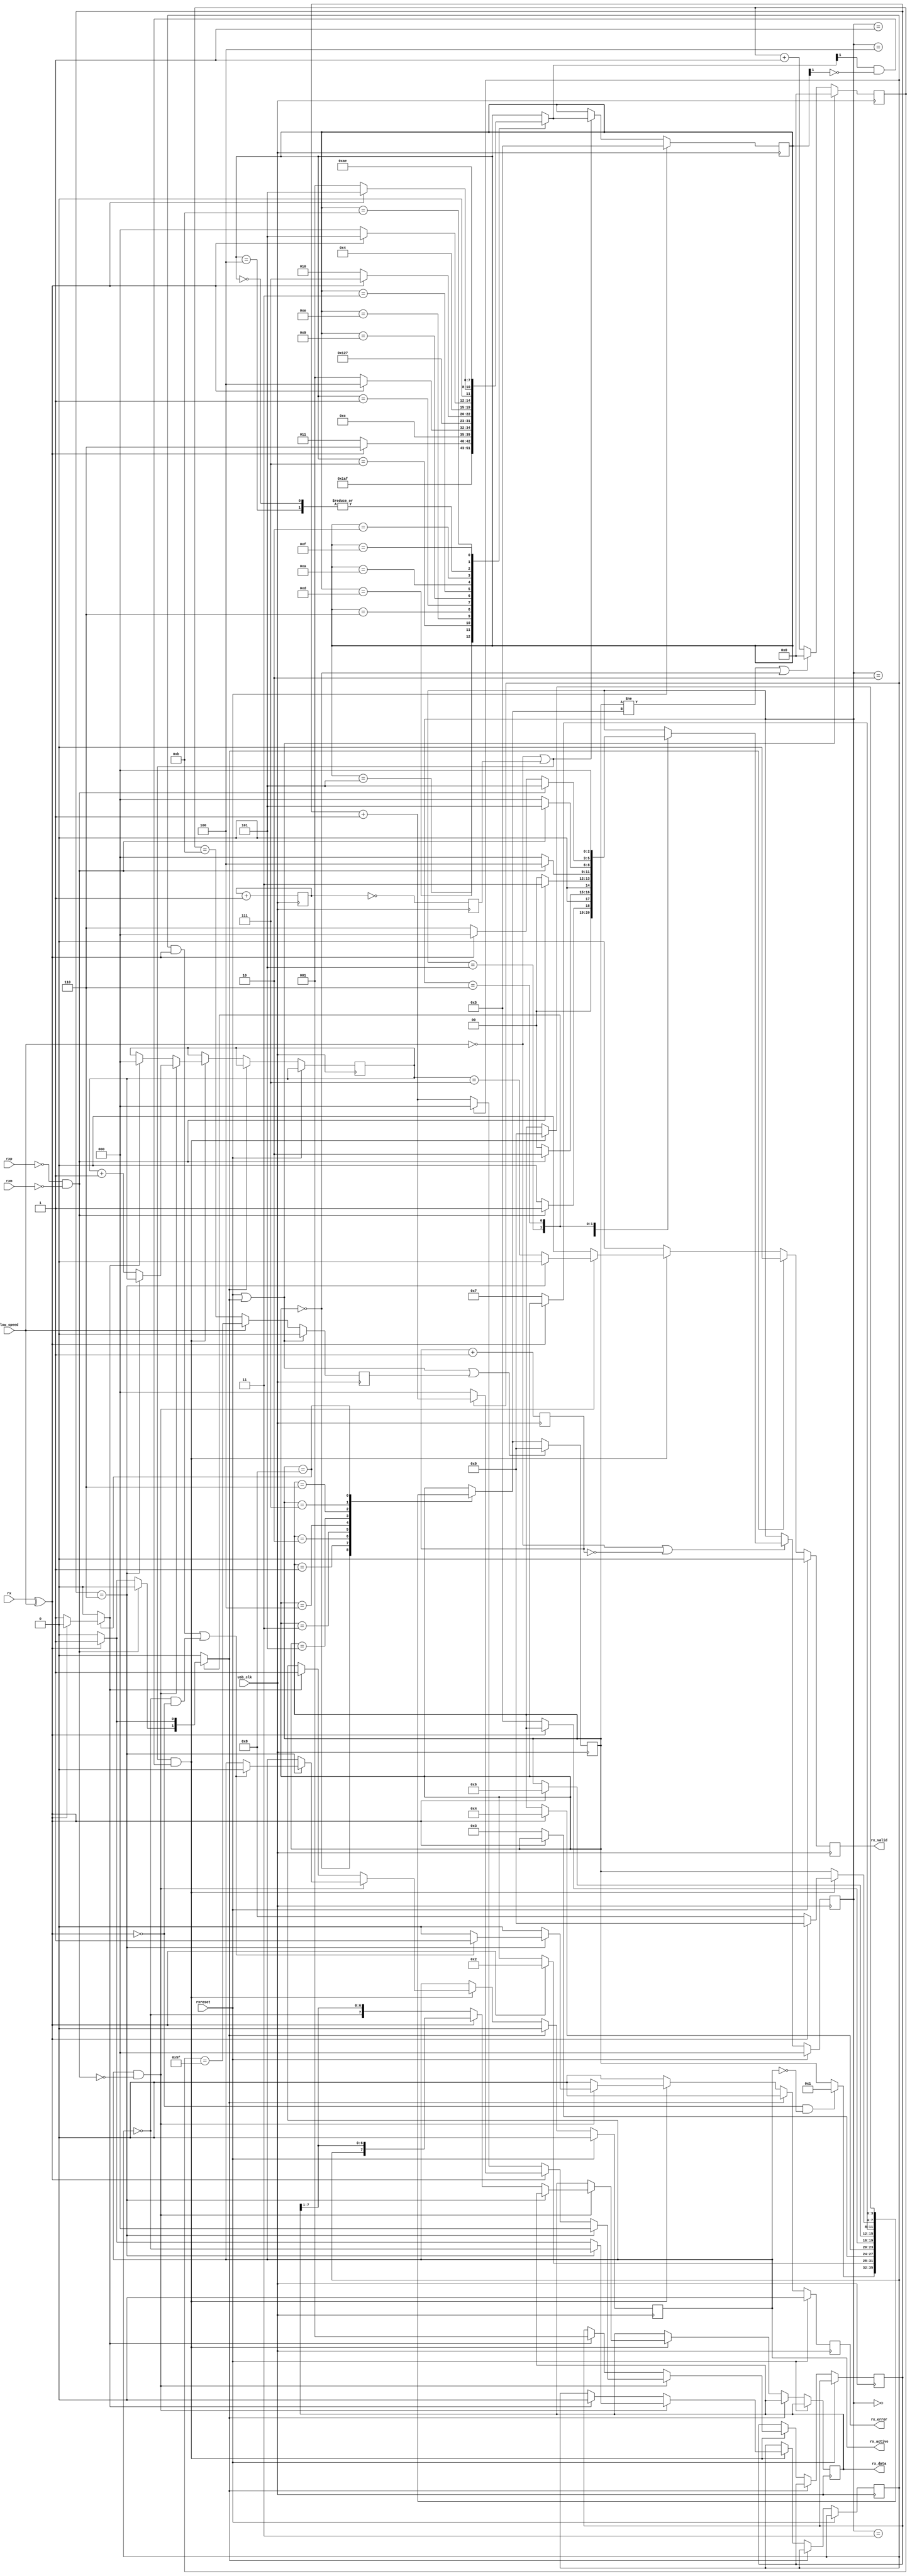
/*
 * Milkymist SoC
 * Copyright (C) 2007, 2008, 2009, 2010, 2011 Sebastien Bourdeauducq
 *
 * This program is free software: you can redistribute it and/or modify
 * it under the terms of the GNU General Public License as published by
 * the Free Software Foundation, version 3 of the License.
 *
 * This program is distributed in the hope that it will be useful,
 * but WITHOUT ANY WARRANTY; without even the implied warranty of
 * MERCHANTABILITY or FITNESS FOR A PARTICULAR PURPOSE.  See the
 * GNU General Public License for more details.
 *
 * You should have received a copy of the GNU General Public License
 * along with this program.  If not, see <http://www.gnu.org/licenses/>.
 */

module softusb_rx(
	input usb_clk,

	input rxreset,

	input rx,
	input rxp,
	input rxm,

	output reg [7:0] rx_data,
	output reg rx_valid,
	output reg rx_active,
	output reg rx_error,

	input low_speed
);

wire rx_corrected = rx ^ low_speed;

/* EOP detection */

/*
 * State diagram taken from
 * "Designing a Robust USB Serial Interface Engine (SIE)"
 * USB-IF Technical White Paper
 */
wire se0 = ~rxp & ~rxm;

wire eop_state_ce;
reg [2:0] eop_state;
reg [2:0] eop_next_state;
always @(posedge usb_clk) begin
	if(rxreset)
		eop_state <= 3'd0;
	else if(eop_state_ce)
		eop_state <= eop_next_state;
end

reg [2:0] eop_clkdiv_counter;
assign eop_state_ce = ~low_speed | (eop_clkdiv_counter == 3'd0);
initial eop_clkdiv_counter <= 3'd0;
always @(posedge usb_clk)
	eop_clkdiv_counter <= eop_clkdiv_counter + 3'd1;


reg eop_detected;

always @(*) begin
	eop_detected = 1'b0;
	eop_next_state = eop_state;

	case(eop_state)
		3'd0: begin
			if(se0)
				eop_next_state = 3'd1;
			else
				eop_next_state = 3'd0;
		end
		3'd1: begin
			if(se0)
				eop_next_state = 3'd2;
			else
				eop_next_state = 3'd0;
		end
		3'd2: begin
			if(se0)
				eop_next_state = 3'd3;
			else
				eop_next_state = 3'd0;
		end
		3'd3: begin
			if(se0)
				eop_next_state = 3'd4;
			else
				eop_next_state = 3'd0;
		end
		3'd4: begin
			if(se0)
				eop_next_state = 3'd5;
			else
				eop_next_state = 3'd0;
		end
		3'd5: begin
			if(se0)
				eop_next_state = 3'd5;
			else begin
				if(rx_corrected) begin
					eop_detected = 1'b1;
					eop_next_state = 3'd0;
				end else
					eop_next_state = 3'd6;
			end
		end
		3'd6: begin
			if(rx_corrected)
				eop_detected = 1'b1;
			eop_next_state = 3'd0;
		end
	endcase
end

/* DPLL */
reg [2:0] div8_counter;
reg div8_ce;
initial div8_counter <= 3'd0;
always @(posedge usb_clk) begin
	div8_counter <= div8_counter + 3'd1;
	div8_ce <= div8_counter == 3'd0;
end

wire speed_ce = ~low_speed | div8_ce;

reg [3:0] dpll_state;
reg [3:0] dpll_next_state;

always @(posedge usb_clk) begin
	if(rxreset)
		dpll_state <= 4'h5;
	else if(speed_ce)
		dpll_state <= dpll_next_state;
end

always @(*) begin
	dpll_next_state = dpll_state;
	case(dpll_state)
		4'h5: dpll_next_state = 4'hd;
		4'hd: dpll_next_state = 4'h7;
		4'h7: if( rx_corrected) dpll_next_state = 4'he; else dpll_next_state = 4'hb;
		4'he: dpll_next_state = 4'h6;
		4'h6: if( rx_corrected) dpll_next_state = 4'h4; else dpll_next_state = 4'h1;
		4'h4: if( rx_corrected) dpll_next_state = 4'h5; else dpll_next_state = 4'h1;
		4'h1: dpll_next_state = 4'h9;
		4'h9: dpll_next_state = 4'h3;
		4'h3: if(~rx_corrected) dpll_next_state = 4'ha; else dpll_next_state = 4'hf;
		4'ha: dpll_next_state = 4'h2;
		4'h2: if(~rx_corrected) dpll_next_state = 4'h0; else dpll_next_state = 4'h5;
		4'h0: if(~rx_corrected) dpll_next_state = 4'h1; else dpll_next_state = 4'h5;
		4'hb: dpll_next_state = 4'ha;
		4'hf: dpll_next_state = 4'he;
	endcase
end

wire dpll_ce = speed_ce & (dpll_next_state[1] & ~dpll_state[1]);

/* Serial->Parallel converter */

reg [2:0] bitcount;
reg [2:0] onecount;
reg lastrx;
reg startrx;
always @(posedge usb_clk) begin
	if(rxreset) begin
		rx_active <= 1'b0;
		rx_valid <= 1'b0;
		rx_error <= 1'b0;
	end else begin
		rx_valid <= 1'b0;
		rx_error <= 1'b0;
		if(eop_detected)
			rx_active <= 1'b0;
		else if(dpll_ce) begin
			if(rx_active & ~se0) begin
				if(onecount == 3'd6) begin
					/* skip stuffed bits */
					onecount <= 3'd0;
					if((lastrx & rx_corrected)|(~lastrx & ~rx_corrected)) begin
						/* no transition? bitstuff error */
						rx_active <= 1'b0;
						rx_error <= 1'b1;
					end
					lastrx <= ~lastrx;
				end else begin
					if(rx_corrected) begin
						rx_data <= {lastrx, rx_data[7:1]};
						if(lastrx)
							onecount <= onecount + 3'd1;
						else
							onecount <= 3'd0;
						lastrx <= 1'b1;
					end else begin
						rx_data <= {~lastrx, rx_data[7:1]};
						if(~lastrx)
							onecount <= onecount + 3'd1;
						else
							onecount <= 3'd0;
						lastrx <= 1'b0;
					end
					rx_valid <= bitcount == 3'd7;
					bitcount <= bitcount + 3'd1;
				end
			end else if(startrx) begin
				rx_active <= 1'b1;
				bitcount <= 3'd0;
				onecount <= 3'd1;
				lastrx <= 1'b0;
			end
		end
	end
end

/* Find sync pattern */

parameter FS_IDLE	= 4'h0;
parameter K1		= 4'h1;
parameter J1		= 4'h2;
parameter K2		= 4'h3;
parameter J2		= 4'h4;
parameter K3		= 4'h5;
parameter J3		= 4'h6;
parameter K4		= 4'h7;
parameter K5		= 4'h8;

reg [3:0] fs_state;
reg [3:0] fs_next_state;

reg [6:0] fs_timeout_counter;
reg fs_timeout;
always @(posedge usb_clk) begin
	if(rxreset|eop_detected) begin
		fs_timeout_counter <= 7'd0;
		fs_timeout <= 1'b0;
	end else begin
		if((fs_state != fs_next_state) | (fs_state == FS_IDLE))
			fs_timeout_counter <= 7'd0;
		else
			fs_timeout_counter <= fs_timeout_counter + 7'd1;
		if(low_speed)
			fs_timeout <= fs_timeout_counter == 7'd95;
		else
			fs_timeout <= fs_timeout_counter == 7'd11;
	end
end

always @(posedge usb_clk) begin
	if(rxreset|eop_detected|fs_timeout)
		fs_state <= FS_IDLE;
	else
		fs_state <= fs_next_state;
end

always @(*) begin
	startrx = 1'b0;
	fs_next_state = fs_state;

	case(fs_state)
		FS_IDLE: if(~rx_corrected & ~rx_active)
			fs_next_state = K1;
		K1: if(rx_corrected)
			fs_next_state = J1;
		J1: if(~rx_corrected)
			fs_next_state = K2;
		K2: if(rx_corrected)
			fs_next_state = J2;
		J2: if(~rx_corrected)
			fs_next_state = K3;
		K3: if(rx_corrected)
			fs_next_state = J3;
		J3: if(~rx_corrected)
			fs_next_state = K4;
		K4: if(dpll_ce) begin
			if(~rx_corrected)
				fs_next_state = K5;
			else
				fs_next_state = FS_IDLE;
		end
		K5: begin
			if(~rx_corrected)
				startrx = 1'b1;
			if(dpll_ce)
				fs_next_state = FS_IDLE;
		end
	endcase
end

endmodule